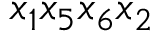
{ x _ { 1 } x _ { 5 } x _ { 6 } x _ { 2 } }